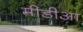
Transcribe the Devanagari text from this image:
मीडीआ